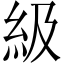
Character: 級